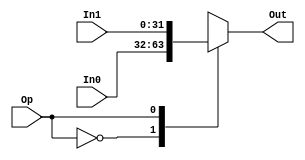
module mux2
#(parameter width = 32)(
	input [width-1:0] In0,
	input [width-1:0] In1,
	input Op,
	output reg [width-1:0] Out
    );

	always @(*) begin
		case (Op)
			0: Out = In0;
			1: Out = In1;
		endcase
	end

endmodule
module mux4
#(parameter width = 32)(
	input [width-1:0] In0,
	input [width-1:0] In1,
	input [width-1:0] In2,
	input [width-1:0] In3,
	input [1:0] Op,
	output reg [width-1:0] Out
    );
	
	

	always @(*) begin
		case (Op)
			0: Out = In0;
			1: Out = In1;
			2: Out = In2;
			3: Out = In3;
		endcase
	end

endmodule
module mux8
#(parameter width = 32)(
	input [width-1:0] In0,
	input [width-1:0] In1,
	input [width-1:0] In2,
	input [width-1:0] In3,
	input [width-1:0] In4,
	input [width-1:0] In5,
	input [width-1:0] In6,
	input [width-1:0] In7,
	input [2:0] Op,
	output reg [width-1:0] Out
    );
	

	always @(*) begin
		case (Op)
			0: Out = In0;
			1: Out = In1;
			2: Out = In2;
			3: Out = In3;
			4: Out = In4;
			5: Out = In5;
			6: Out = In6;
			7: Out = In7;
		endcase
	end

endmodule